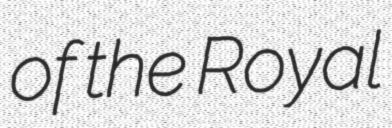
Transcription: of the Royal